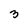
Character: 3